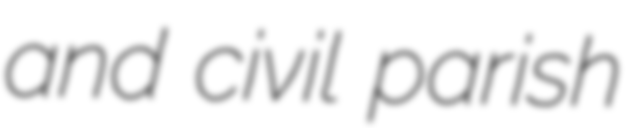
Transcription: and civil parish